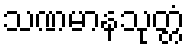
သဏမာနသုတ္တံ